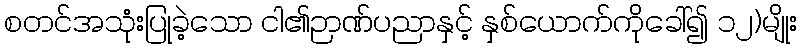
စတင်အသုံးပြုခဲ့သော ငါ၏ဉာဏ်ပညာနှင့် နှစ်ယောက်ကိုခေါ်၍ ၁၂)မျိုး